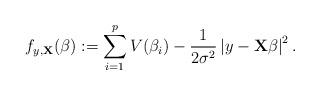
LaTeX: \begin{align*}f_{y,\mathbf{X}}(\beta) := \sum_{i=1}^pV(\beta_i) - \frac{1}{2\sigma^2}\left|y-\mathbf{X}\beta\right|^2 .\end{align*}